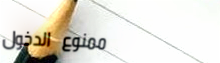
ممنوع الدخول